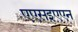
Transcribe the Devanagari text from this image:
एएसइएएन